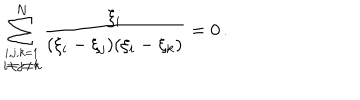
\sum _ { \stackrel { i , j , k = 1 } { i \neq j \neq k } } ^ { N } \frac { \xi _ { i } } { ( \xi _ { i } - \xi _ { j } ) ( \xi _ { i } - \xi _ { k } ) } = 0 \, .